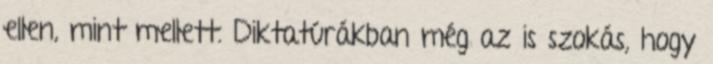
ellen, mint mellett. Diktatúrákban még az is szokás, hogy